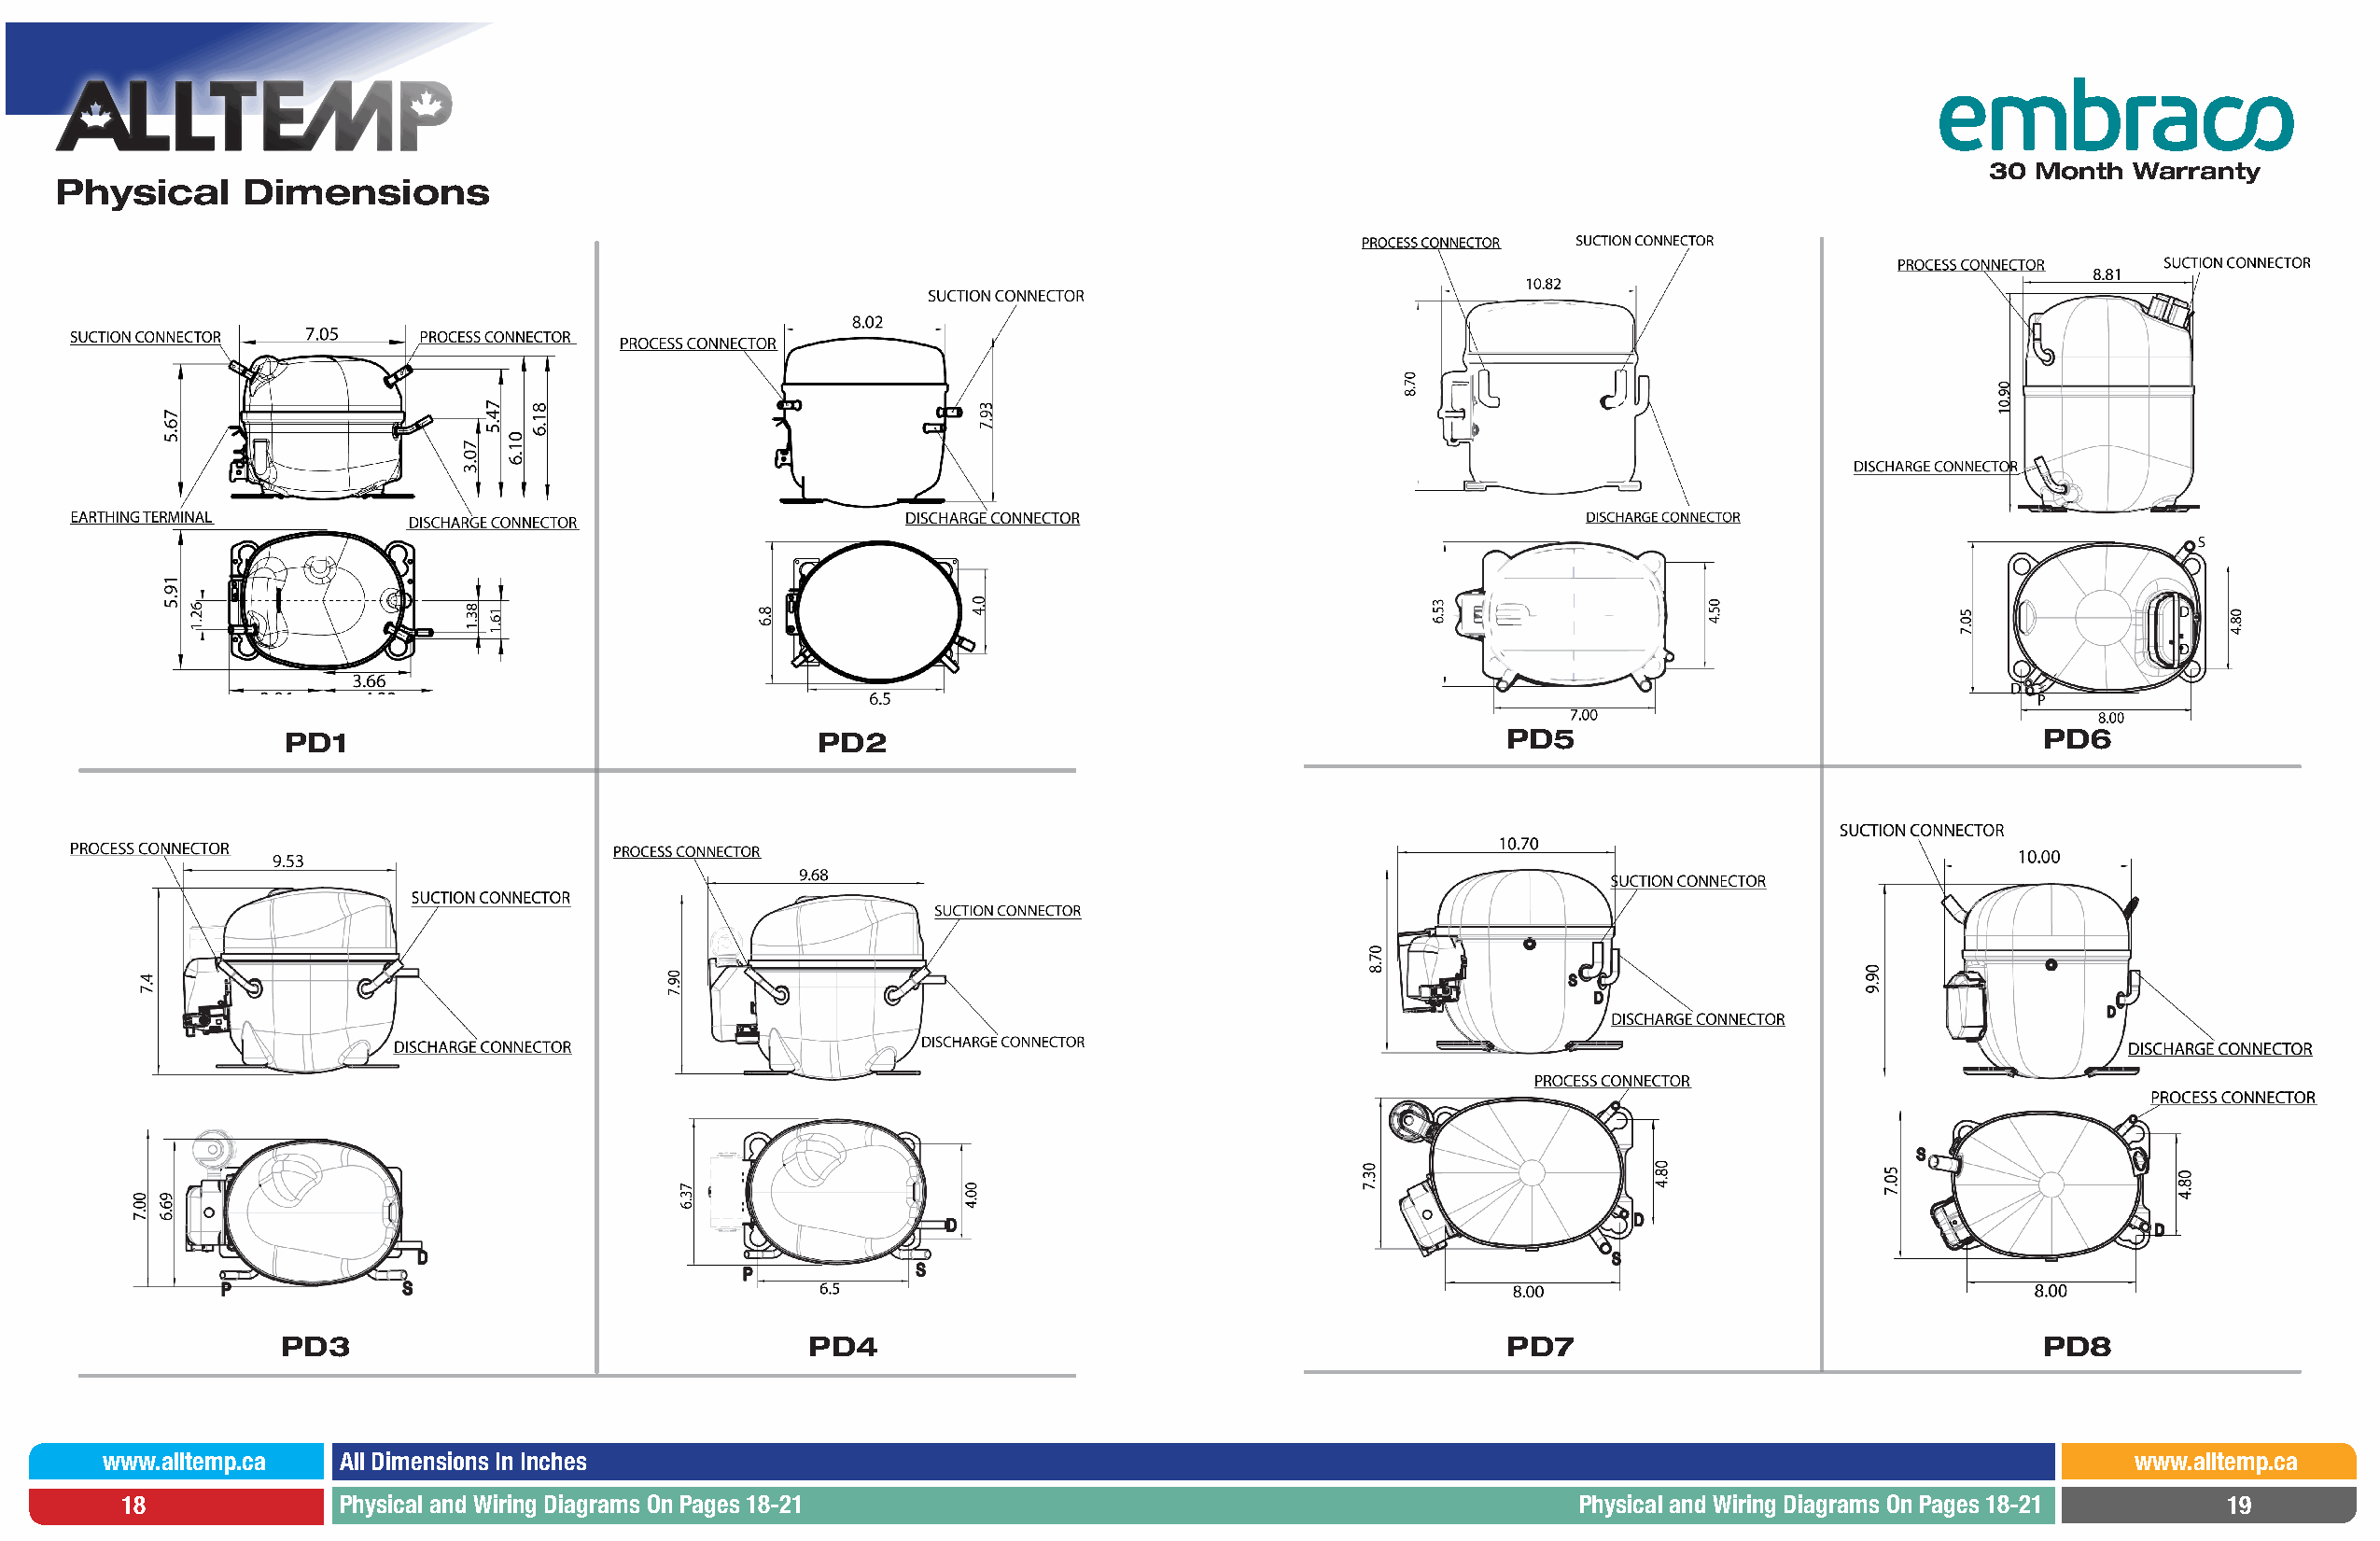
30 Month  Warranty
 Physical     Dimensions
 PD1                                   PD2                                              PD5                                   PD6
 PD3                                  PD4                                               PD7                                   PD8
 www.alltemp.ca   All Dimensions In Inches                                                                                                       www.alltemp.ca
 18             Physical and Wiring Diagrams On Pages 18-21                                             Physical and Wiring Diagrams On Pages 18-21   19